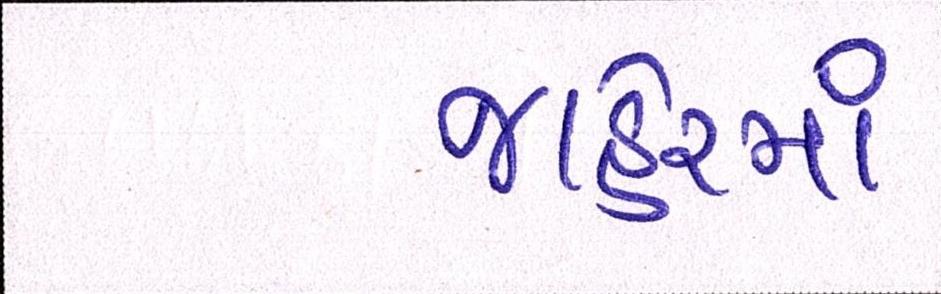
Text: જાહેરમાં